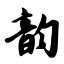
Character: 韵